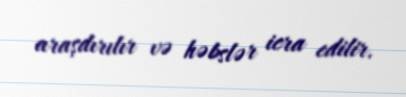
araşdırılır və həbslər icra edilir.